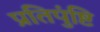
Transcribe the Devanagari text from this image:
प्रतिपुंष्टि